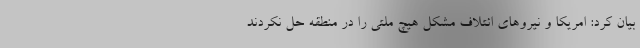
بیان کرد: امریکا و نیروهای ائتلاف مشکل هیچ ملتی را در منطقه حل نکردند